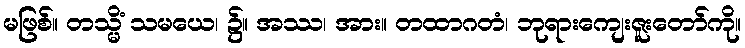
မဖြစ်။ တသ္မိံ သမယေ၊ ၌။ အဿ၊ အား။ တထာဂတံ၊ ဘုရားကျေးဇူးတော်ကို။